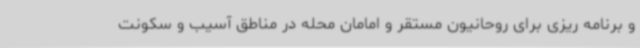
و برنامه ریزی برای روحانیون مستقر و امامان محله در مناطق آسیب و سکونت